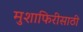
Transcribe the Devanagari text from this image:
मुशाफिरीसाठी